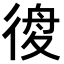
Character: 𢔃